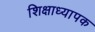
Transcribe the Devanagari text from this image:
शिक्षाध्यापक